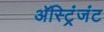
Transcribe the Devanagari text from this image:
अॅस्ट्रिंजंट